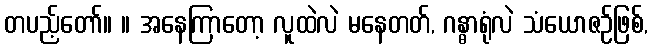
တပည့်တော်။ ။ အနေကြာတော့ လူထဲလဲ မနေတတ်, ဂန္ဓာရုံလဲ သံယောဇဉ်ဖြစ်,